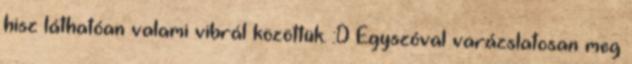
hisz láthatóan valami vibrál közöttük. :D Egyszóval varázslatosan meg